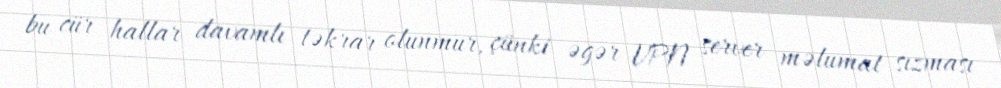
bu cür hallar davamlı təkrar olunmur, çünki əgər VPN server məlumat sızması